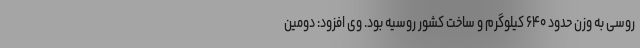
روسی به وزن حدود ۶۴۰ کیلوگرم و ساخت کشور روسیه بود. وی افزود: دومین